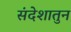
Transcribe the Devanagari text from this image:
संदेशातुन